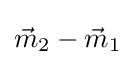
{\vec {m}}_{2}-{\vec {m}}_{1}